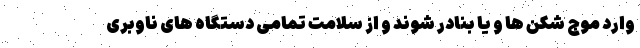
وارد موج شکن ها و یا بنادر شوند و از سلامت تمامی دستگاه های ناوبری